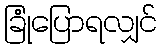
ခြုံပြောရလျှင်